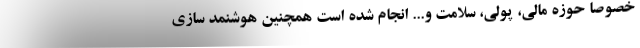
خصوصا حوزه مالی، پولی، سلامت و... انجام شده است همچنین هوشنمد سازی